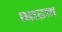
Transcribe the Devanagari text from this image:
भारम